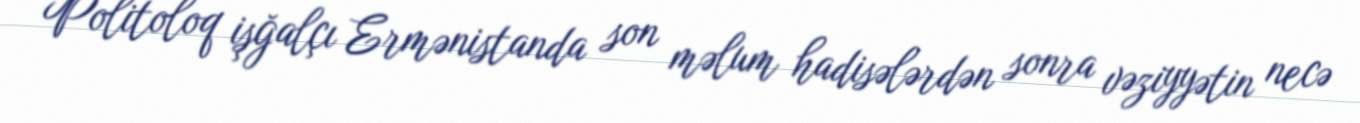
Politoloq işğalçı Ermənistanda son məlum hadisələrdən sonra vəziyyətin necə